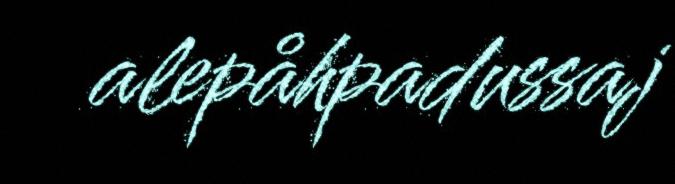
alepåhpadussaj